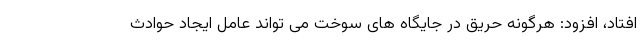
افتاد، افزود: هرگونه حریق در جایگاه های سوخت می تواند عامل ایجاد حوادث